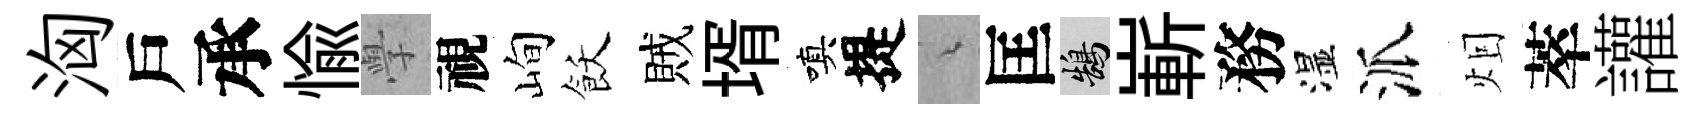
洶戶承愉𭓕視峋飫賊壻嗔提綿匡鵠嶄務湿派𤇆萃讙